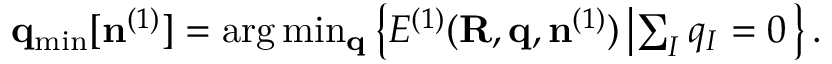
\begin{array} { r } { { \bf q } _ { \mathrm { m i n } } [ { \bf n } ^ { ( 1 ) } ] = \arg \operatorname* { m i n } _ { \bf q } \left\{ { \cal E } ^ { ( 1 ) } ( { \bf R , q } , { \bf n } ^ { ( 1 ) } ) \left\vert \sum _ { I } q _ { I } = 0 \right. \right\} . } \end{array}